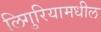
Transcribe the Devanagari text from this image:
लिगुरियामधील